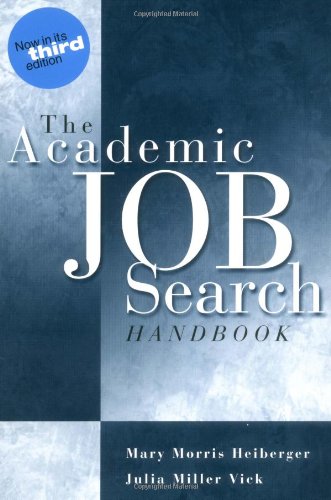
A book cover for The Academic Job Search Handbook (3rd Edition); Mary Morris Heiberger; Business & Money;